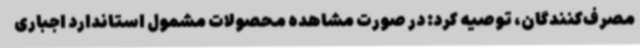
مصرف‌کنندگان، توصیه کرد: در صورت مشاهده محصولات مشمول استاندارد اجباری